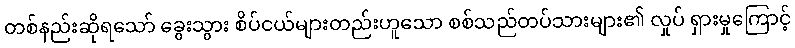
တစ်နည်းဆိုရသော် ခွေးသွား စိပ်ငယ်များတည်းဟူသော စစ်သည်တပ်သားများ၏ လှုပ် ရှားမှုကြောင့်